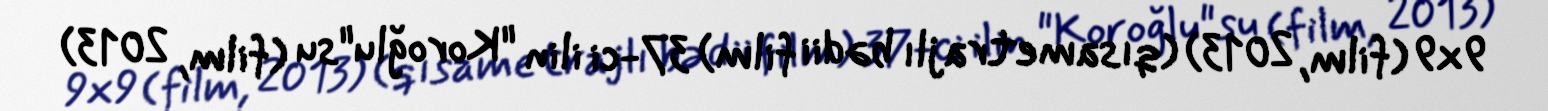
9x9 (film, 2013) (qısametrajlı bədii film) 37-ci ilin "Koroğlu"su (film, 2013)